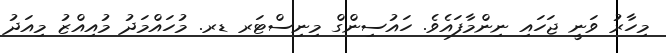
މިހާރު ވަނީ ޖަހައި ނިންމާފައެވެ. ހައުސިންގް މިނިސްޓަރ ޑރ. މުހައްމަދު މުއިއްޒު މިއަދު